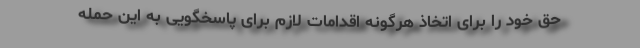
حق خود را برای اتخاذ هرگونه اقدامات لازم برای پاسخگویی به این حمله